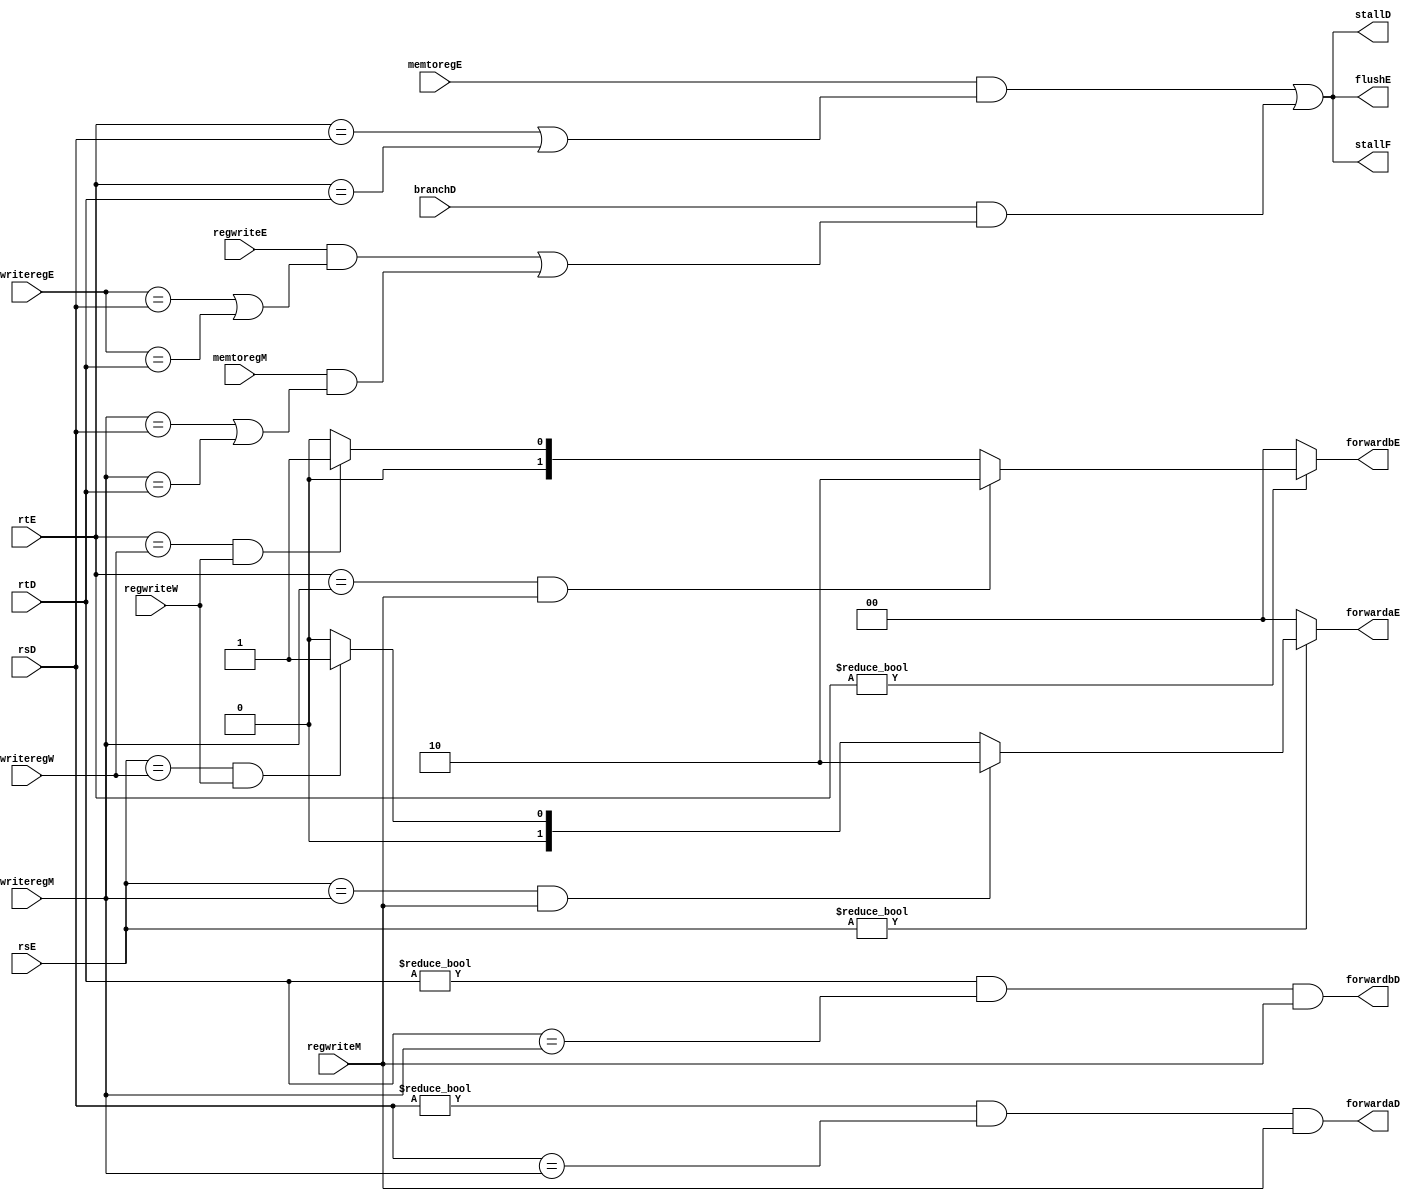
`timescale 1ns / 1ps
//////////////////////////////////////////////////////////////////////////////////
// Company: 
// Engineer: 
// 
// Design Name: 
// Module Name: hazard
// Project Name: 
// Target Devices: 
// Tool Versions: 
// Description: 
// 
// Dependencies: 
// 
// Revision:
// Revision 0.01 - File Created
// Additional Comments:
// 
//////////////////////////////////////////////////////////////////////////////////


module hazard(input [4:0] rsD, rtD, rsE, rtE,
input [4:0] writeregE,
writeregM, writeregW,
input regwriteE, regwriteM,
regwriteW,
input memtoregE, memtoregM, branchD,
output forwardaD, forwardbD,
output reg [1:0] forwardaE, forwardbE,
output stallF, stallD, flushE);
wire lwstallD, branchstallD;
assign forwardaD = (rsD !=0 & rsD == writeregM &
regwriteM);
assign forwardbD = (rtD !=0 & rtD == writeregM &
regwriteM);
always @(*)
begin
forwardaE = 2'b00; forwardbE = 2'b00;
if (rsE != 0)
if (rsE == writeregM & regwriteM)
forwardaE = 2'b10;
else if (rsE == writeregW & regwriteW)
forwardaE = 2'b01;
if (rtE != 0)
if (rtE == writeregM & regwriteM)
forwardbE = 2'b10;
else if (rtE == writeregW & regwriteW)
forwardbE = 2'b01;
end
assign lwstallD = memtoregE &
(rtE == rsD | rtE == rtD);
assign branchstallD = branchD &
(regwriteE &
(writeregE == rsD | writeregE == rtD) |
memtoregM &
(writeregM == rsD | writeregM == rtD));
assign  stallD = lwstallD | branchstallD;
assign  stallF = stallD;
assign  flushE = stallD;
endmodule